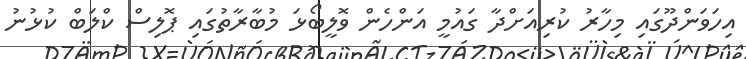
އިހަވަންދޫގައި މިހާރު ކުރިއަށްދާ ގައުމީ އަންހެން ވޮލީބޯޅަ މުބާރާތުގައި ޕޮލިސް ކްލަބް ކުޅުނު